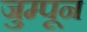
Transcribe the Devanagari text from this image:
जुम्पून